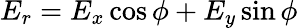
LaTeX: E_{r}=E_{x}\cos\phi+E_{y}\sin\phi